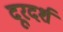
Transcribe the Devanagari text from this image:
दूरदर्श